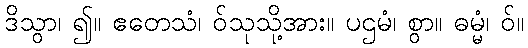
ဒိသွာ၊ ၍။ ဧတေသံ၊ ဝ်သုသို့အား။ ပဌမံ၊ စွာ။ ဓမ္မံ၊ ဝ်။